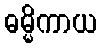
ဓမ္မိကာယ